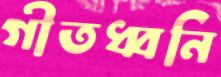
গীতধ্বনি